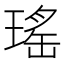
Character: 瑤